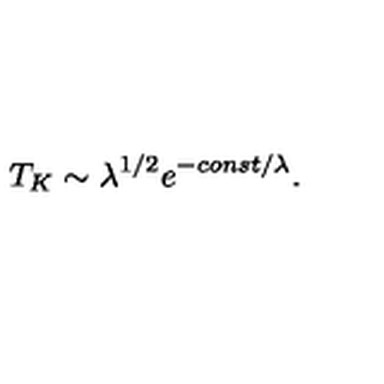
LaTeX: T _ { K } \sim \lambda ^ { 1 / 2 } e ^ { - c o n s t / \lambda } .